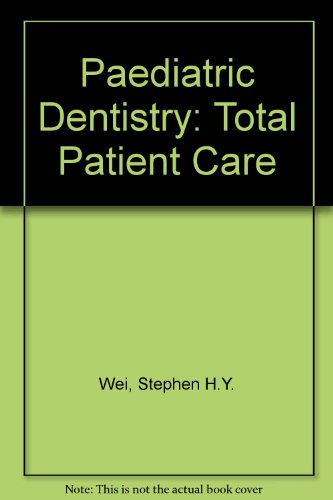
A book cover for Pediatric Dentistry: Total Patient Care; Stephen H. Y. Wei; Medical Books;